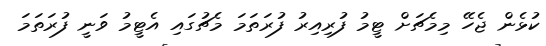
ކުޅެން ޖެހޭ މިމެޗަށް ޓީމު ފުރިއިރު ފުރަތަމަ މެޗުގައި އެޓީމު ވަނީ ފުރަތަމަ